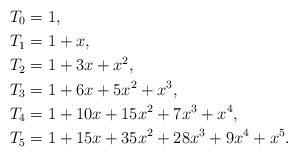
LaTeX: \begin{align*}T_0&=1,\\ T_1&=1+x,\\T_2&=1+3x+x^2,\\T_3&=1+6x+5x^2+x^3,\\T_4&=1+10x+15x^2+7x^3+x^4,\\T_5&=1+15x+35x^2+28x^3+9x^4+x^5.\end{align*}